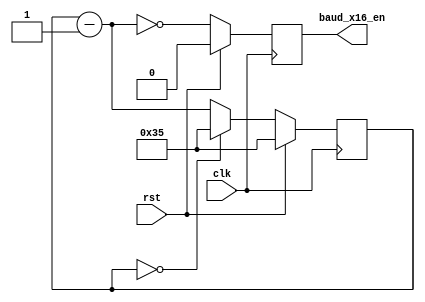
//-----------------------------------------------------------------------------
//  
//  Copyright (c) 2008 Xilinx Inc.
//
//  Project  : Programmable Wave Generator
//  Module   : uart_baud_gen.v
//  Parent   : uart_rx and uart_tx
//  Children : None
//
//  Description: 
//     Generates a 16x Baud enable. This signal is generated 16 times per bit
//     at the correct baud rate as determined by the parameters for the system
//     clock frequency and the Baud rate
//
//  Parameters:
//     BAUD_RATE : Baud rate - set to 57,600bps by default
//     CLOCK_RATE: Clock rate - set to 50MHz by default
//
//  Local Parameters:
//     OVERSAMPLE_RATE: The oversampling rate - 16 x BAUD_RATE
//     DIVIDER    : The number of clocks per baud_x16_en
//     CNT_WIDTH  : Width of the counter
//
//  Notes       : 
//    1) Divider must be at least 2 (thus CLOCK_RATE must be at least 32x
//       BAUD_RATE)
//
//  Multicycle and False Paths
//    None
//

`timescale 1ns/1ps


module uart_baud_gen (
  // Write side inputs
  input        clk,          // Clock input
  input        rst,          // Active HIGH reset - synchronous to clk
  output       baud_x16_en   // Oversampled Baud rate enable
);


//***************************************************************************
// Constant Functions
//***************************************************************************
  // Generate the ceiling of the log base 2 - i.e. the number of bits
  // required to hold N values. A vector of size clogb2(N) will hold the
  // values 0 to N-1
  function integer clogb2;
    input [31:0] value;
    reg   [31:0] my_value;
    begin
      my_value = value - 1;
      for (clogb2 = 0; my_value > 0; clogb2 = clogb2 + 1)
        my_value = my_value >> 1;
    end
  endfunction
  //
//***************************************************************************
// Parameter definitions
//***************************************************************************

  parameter BAUD_RATE    = 57_600;              // Baud rate
  parameter CLOCK_RATE   = 50_000_000;

  // The OVERSAMPLE_RATE is the BAUD_RATE times 16
  localparam OVERSAMPLE_RATE = BAUD_RATE * 16;

  // The divider is the CLOCK_RATE / OVERSAMPLE_RATE - rounded up
  // (so add 1/2 of the OVERSAMPLE_RATE before the integer division)
  localparam DIVIDER = (CLOCK_RATE+OVERSAMPLE_RATE/2) / OVERSAMPLE_RATE;

  // The value to reload the counter is DIVIDER-1;
  localparam OVERSAMPLE_VALUE = DIVIDER - 1;

  // The required width of the counter is the ceiling of the base 2 logarithm
  // of the DIVIDER
  localparam CNT_WID = clogb2(DIVIDER);


//***************************************************************************
// Reg declarations
//***************************************************************************

  reg [CNT_WID-1:0] internal_count;
  reg               baud_x16_en_reg;


//***************************************************************************
// Wire declarations
//***************************************************************************
  
  wire [CNT_WID-1:0] internal_count_m_1; // Count minus 1


//***************************************************************************
// Code
//***************************************************************************

  assign internal_count_m_1 = internal_count - 1'b1;

  // Count from DIVIDER-1 to 0, setting baud_x16_en_reg when internal_count=0.
  // The signal baud_x16_en_reg must come from a flop (since it is a module
  // output) so schedule it to be set when the next count is 1 (i.e. when
  // internal_count_m_1 is 0).
  always @(posedge clk)
  begin
    if (rst)
    begin
      internal_count  <= OVERSAMPLE_VALUE;
      baud_x16_en_reg <= 1'b0;
    end
    else
    begin
      // Assert baud_x16_en_reg in the next clock when internal_count will be
      // zero in that clock (thus when internal_count_m_1 is 0).
      baud_x16_en_reg   <= (internal_count_m_1 == {CNT_WID{1'b0}});

      // Count from OVERSAMPLE_VALUE down to 0 repeatedly
      if (internal_count == {CNT_WID{1'b0}}) 
      begin
        internal_count    <= OVERSAMPLE_VALUE;
      end
      else // internal_count is not 0
      begin
        internal_count    <= internal_count_m_1;
      end
    end // if rst
  end // always 

  assign baud_x16_en = baud_x16_en_reg;

endmodule